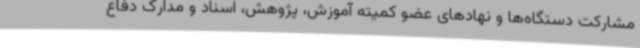
مشارکت دستگاه‌ها و نهادهای عضو کمیته آموزش، پژوهش، اسناد و مدارک دفاع